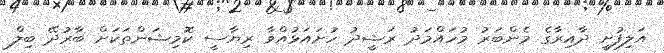
އަލިފުށީ ދާއިރާގެ މެންބަރު މުހައްމަދު ރަޝީދު ހުށައަޅުއްވާ ރިޔާސީ ކޮމިޝަންތަކަށް ބާރުދޭ ބިލް